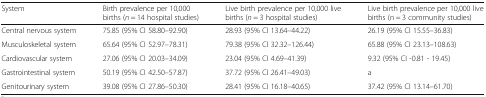
| System | Birth prevalence per 10,000 births (n = 14 hospital studies) | Live birth prevalence per 10,000 live births (n = 3 hospital studies) | Live birth prevalence per 10,000 live births (n = 3 community studies) |
 | --- | --- | --- | --- |
 | Central nervous system | 75.85 (95% CI 58.80–92.90) | 28.93 (95% CI 13.64–44.22) | 26.19 (95% CI 15.55–36.83) |
 | Musculoskeletal system | 65.64 (95% CI 52.97–78.31) | 79.38 (95% CI 32.32–126.44) | 65.88 (95% CI 23.13–108.63) |
 | Cardiovascular system | 27.06 (95% CI 20.03–34.09) | 23.04 (95% CI 4.69–41.39) | 9.32 (95% CI -0.81 - 19.45) |
 | Gastrointestinal system | 50.19 (95% CI 42.50–57.87) | 37.72 (95% CI 26.41–49.03) | a |
 | Genitourinary system | 39.08 (95% CI 27.86–50.30) | 28.41 (95% CI 16.18–40.65) | 37.42 (95% CI 13.14–61.70) |